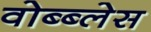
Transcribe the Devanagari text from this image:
वोब्ब्लेस